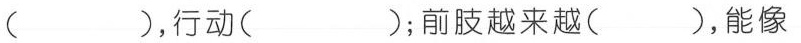
()，行动()；前肢越来越()，能像